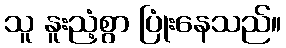
သူ နူးညံ့စွာ ပြုံးနေသည်။